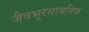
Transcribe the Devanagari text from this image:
जैवभूरसायनिक